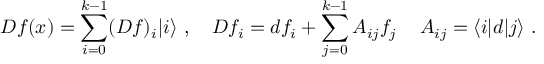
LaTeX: D f ( x ) = \sum _ { i = 0 } ^ { k - 1 } ( D f ) _ { i } | i \rangle \, \, , \quad D f _ { i } = d f _ { i } + \sum _ { j = 0 } ^ { k - 1 } A _ { i j } f _ { j } \, \quad A _ { i j } = \langle i | d | j \rangle \, \, .